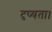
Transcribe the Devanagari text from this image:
दृष्यता।